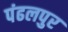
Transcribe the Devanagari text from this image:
पंढलपुर